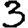
Digit: 3